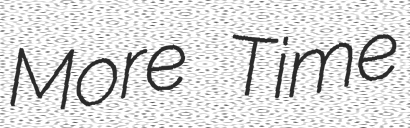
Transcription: More Time